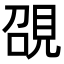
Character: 䙼